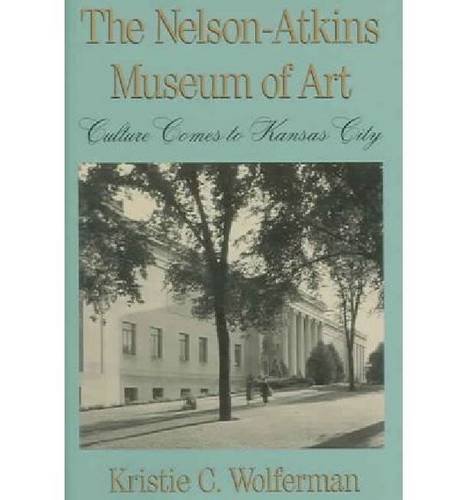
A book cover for The Nelson-Atkins Museum of Art: Culture Comes to Kansas City; Kristie C. Wolferman; Travel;